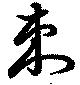
刺